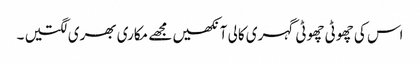
اس کی چھوٹی چھوٹی گہری کالی آنکھیں مجھے مکاری بھری لگتیں ۔